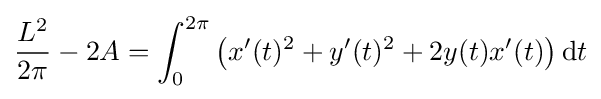
{\frac {L^{2}}{2\pi }}-2A=\int _{0}^{2\pi }{\big (}x'(t)^{2}+y'(t)^{2}+2y(t)x'(t){\big )}\,\mathrm {d} t